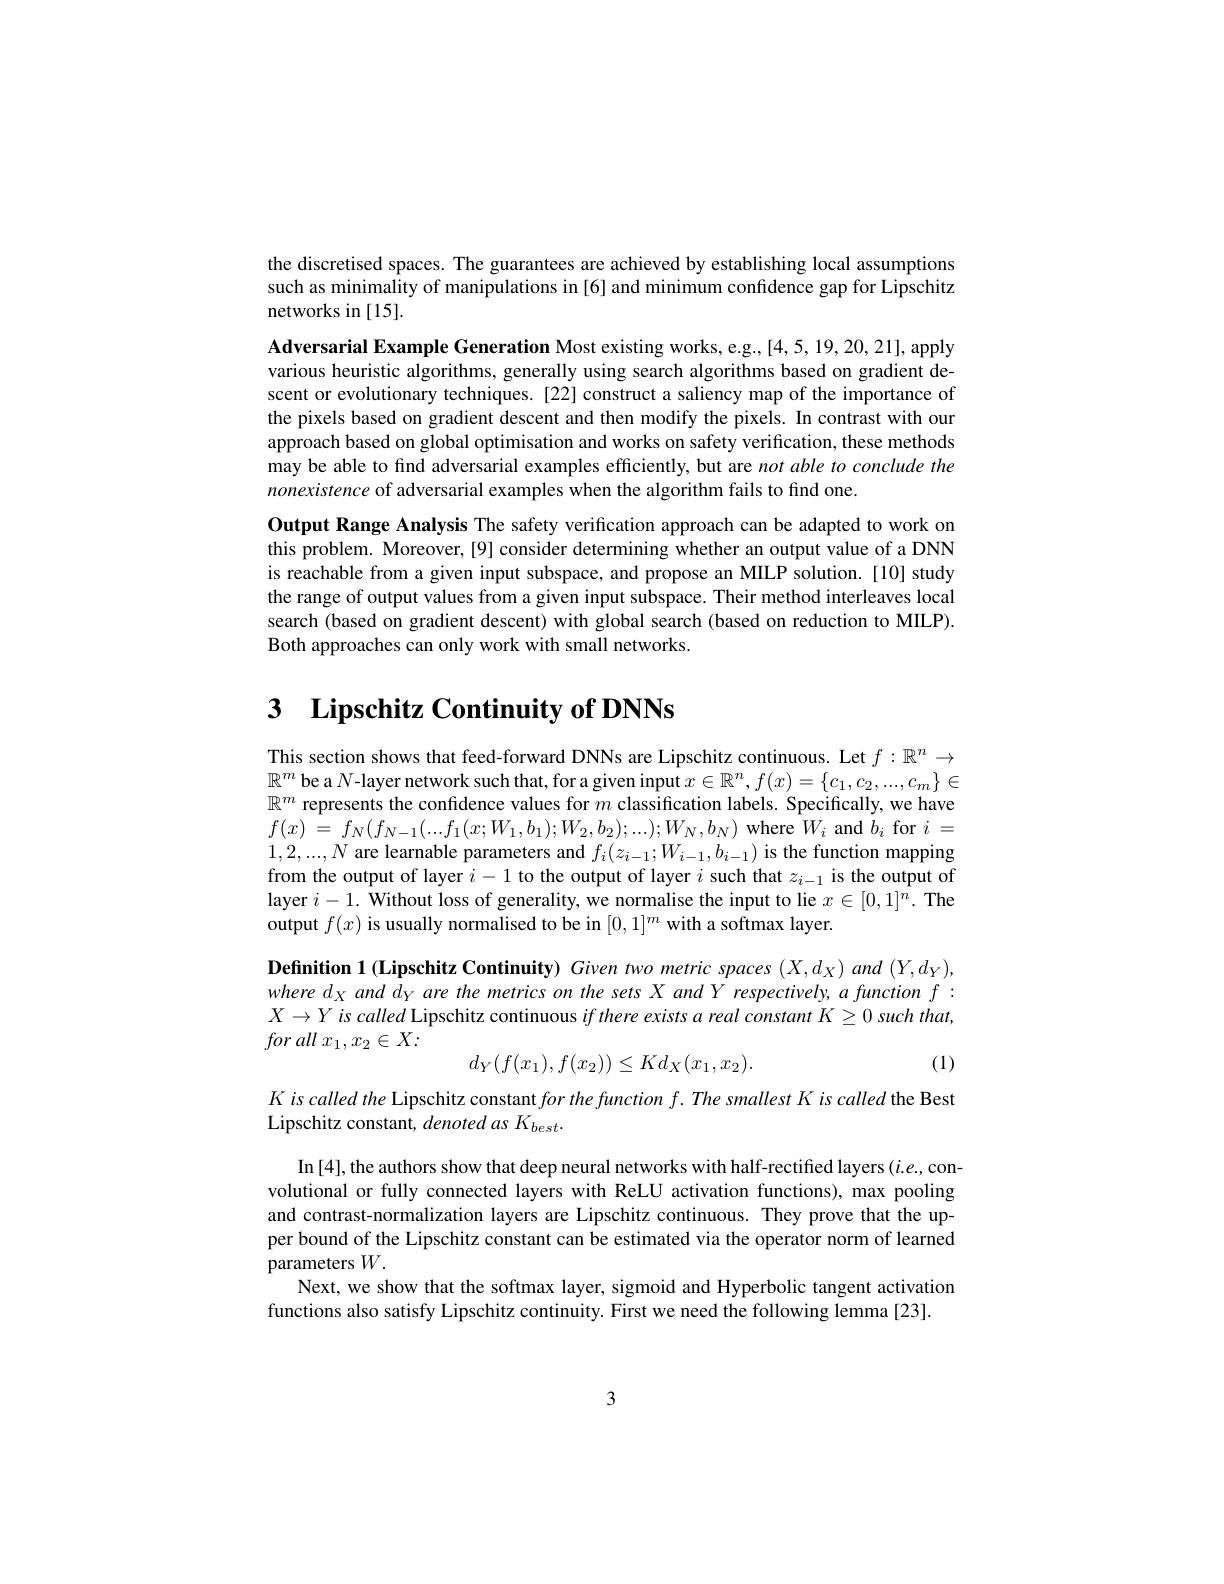
the discretised spaces. The guarantees are achieved by establishing local assumptions such as minimality of manipulations in [6] and minimum confidence gap for Lipschitz networks in [15].

Adversarial Example Generation Most existing works, e.g.,[4,5,19,20,21], apply various heuristic algorithms, generally using search algorithms based on gradient descent or evolutionary techniques. [22] construct a saliency map of the importance of the pixels based on gradient descent and then modify the pixels. In contrast with our approach based on global optimisation and works on safety verification, these methods may be able to find adversarial examples efficiently, but are not able to conclude the nonexistence of adversarial examples when the algorithm fails to find one.

Output Range Analysis The safety verification approach can be adapted to work on this problem. Moreover,[9] consider determining whether an output value of a DNN is reachable from a given input subspace, and propose an MILP solution. [10] study the range of output values from a given input subspace. Their method interleaves local search (based on gradient descent) with global search (based on reduction to MILP). Both approaches can only work with small networks.

# 3 $\textbf{Lipschitz Continuity of DNNs}$

This section shows that feed-forward DNNs are Lipschitz continuous. Let $f:\mathbb{R}^n\to$ $\mathbb{R}^m$ be a $N$-layer network such that, for a given input $x\in\mathbb{R}^n,f(x)=\{c_1,c_2,...,c_m\}\in$ $\mathbb{R}^m$ represents the confidence values for $m$ classification labels. Specifically, we have $f( x)$ = $f_{N}( f_{N- 1}( . . . f_{1}( x; W_{1}, b_{1}) ; W_{2}, b_{2}) ; . . . ) ; W_{N}, b_{N})$ where $W_{i}$ and $b_{i}$ for $i$ = $1,2,...,N$ are learnable parameters and $f_i(z_{i-1};W_{i-1},b_{i-1})$ is the function mapping from the output of layer $i-1$ to the output of layer $i$ such that $z_i-1$ is the output of layer $i-1.$ Without loss of generality, we normalise the input to lie $x\in[0,1]^n.$ The output $f(x)$ is usually normalised to be in $[0,1]^m$ with a softmax layer.

Definition 1 (Lipschitz Continuity) Given two metric spaces (X,d_X) and (Y,d_Y),where d_X and d_Y are the metrics on the sets X and Y respectively, a function f : $X\rightarrow Y$is called I inschitz continuous if there erists a real constant $K\geq0$ such that for all $x_{1}, x_{2}\in X{: }$
$$d_Y(f(x_1),f(x_2))\leq Kd_X(x_1,x_2).$$
(1)

Kiscalledthe Lipschitz constant $forthefunctionf.ThesmallestKiscalled$ the Best
Lipschitz constant, denoted as $K_best.$

In[4], the authors show that deep neural networks with half-rectified layers $(i.e.$,convolutional or fully connected layers with ReLU activation functions), max pooling and contrast-normalization layers are Lipschitz continuous. They prove that the upper bound of the Lipschitz constant can be estimated via the operator norm of learned parameters $W.$
Next, we show that the softmax layer, sigmoid and Hyperbolic tangent activation
functions also satisfy Lipschitz continuity. First we need the following lemma[23].

3